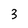
Character: 3